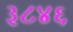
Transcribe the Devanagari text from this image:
३८४६